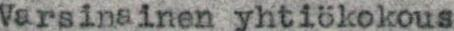
Varsinainen yhtiökokous